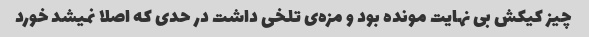
چیز کیکش بی نهایت مونده بود و مزه‌ی تلخی داشت در حدی که اصلا نمیشد خورد